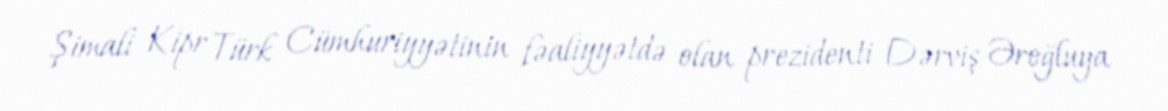
Şimali Kipr Türk Cümhuriyyətinin fəaliyyətdə olan prezidenti Dərviş Əroğluya